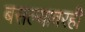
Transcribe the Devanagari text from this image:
बसल्यावरही